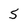
Character: 5